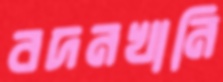
বদনখানি